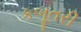
કબૂતરી